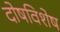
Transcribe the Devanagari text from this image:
दोषविशेष